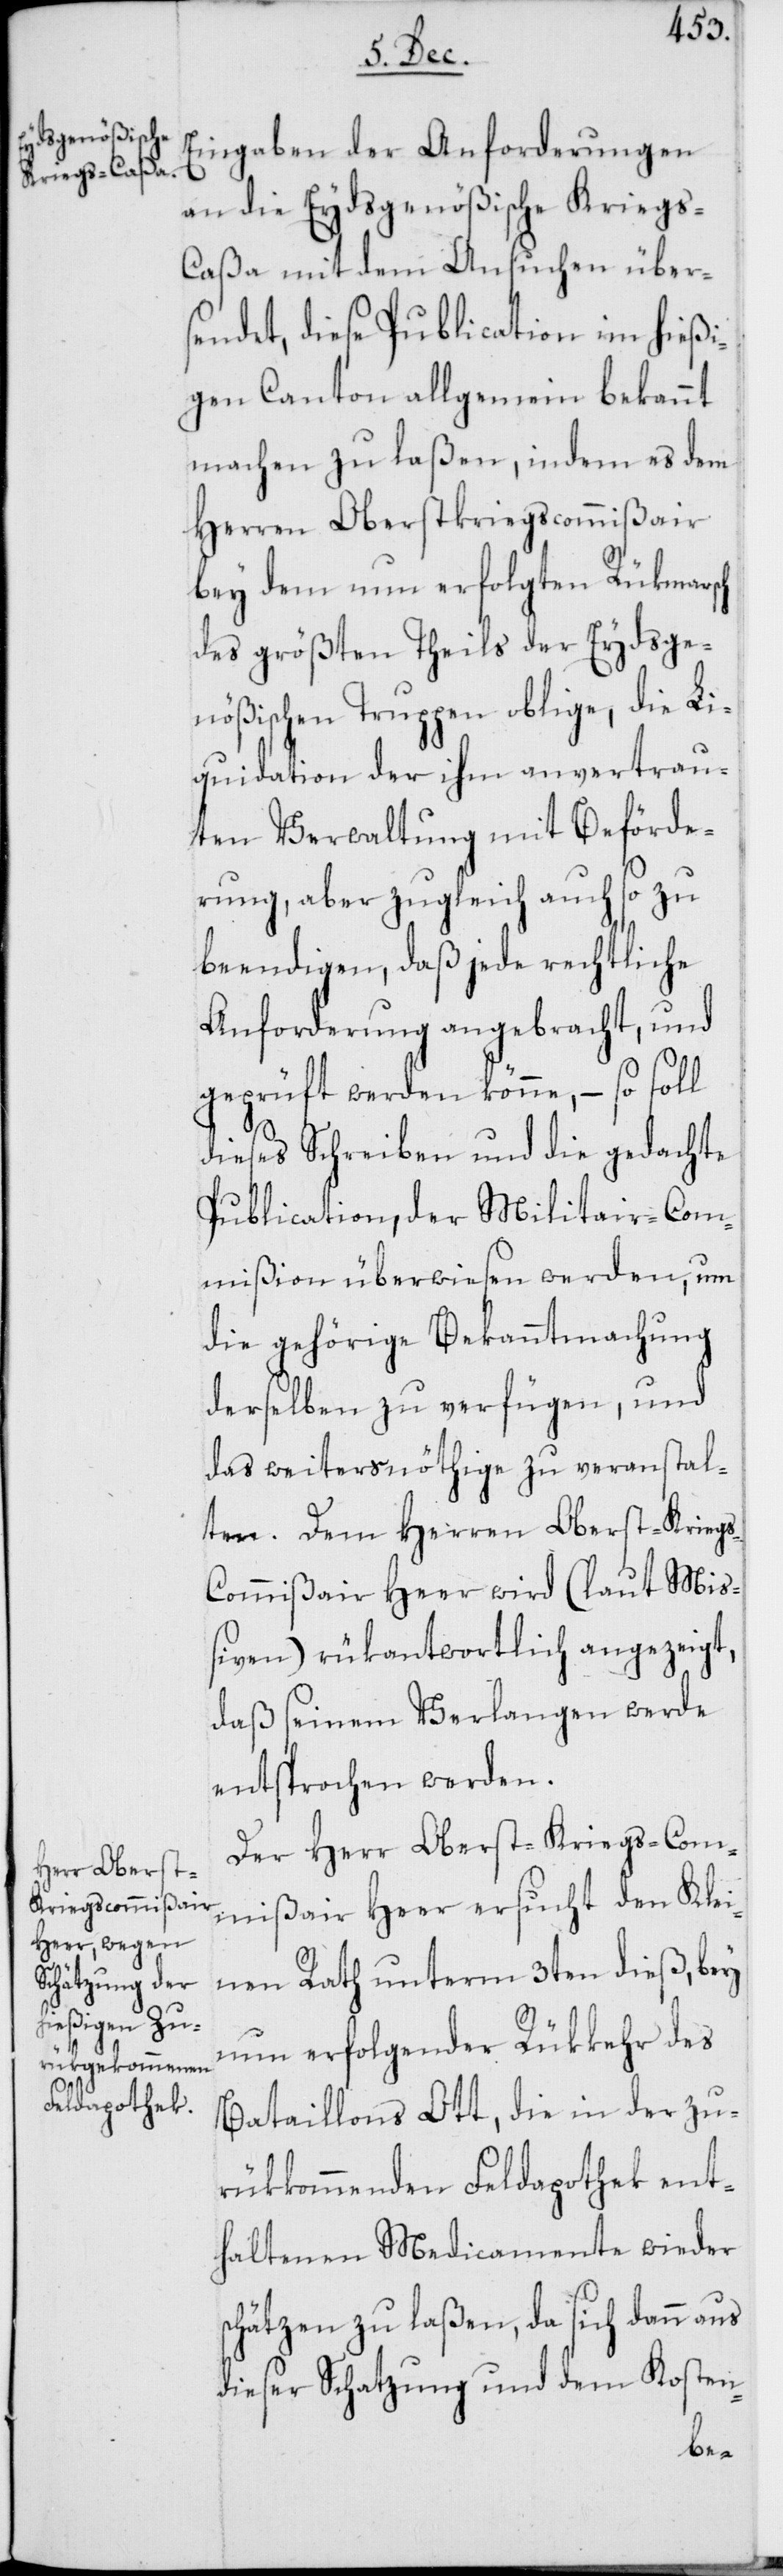
s¬

Eingaben der Anforderungen
an die Eydsgenößische Kriegs-C¬
aßa mit dem Ansuchen über¬
sendet, diese Publication im hießi¬
gen Canton allgemein bekannt
machen zu laßen, indem es dem
Herren Oberstkriegscommißair
bey dem nun erfolgten Rükmarsch
des größten Theils der Eydsge¬
nößischen Truppen oblige, die Li¬
quidation der ihm anvertrau¬
ten Verwaltung mit Beförde¬
rung, aber zugleich auch so zu
beendigen, daß jede rechtliche
Anforderung angebracht, und
geprüft werden könne, – so soll
dieses Schreiben und die gedachte
Publication, der Militair-Com¬
mißion überwiesen werden, um
die gehörige Bekanntmachung
derselben zu verfügen, und
das weiters nöthige zu veranstal¬
ten. Dem Herren Oberst-Krieg¬
s-Commißair Heer wird (laut Mi¬
ßiven) rükantwortlich angezeigt,
daß seinem Verlangen werde
entsprochen werden.
Der Herr Oberst-Kriegs-Com¬
mißair Heer ersucht den Klei¬
nen Rath unterm 3ten dieß, bey
nun erfolgender Rükkehr des
Bataillons Ott, die in der zu¬
rükkommenden Feldapothek ent¬
haltenen Medicamente wieder
chätzen zu laßen, da sich dann aus
dieser Schatzung und dem Kosten-